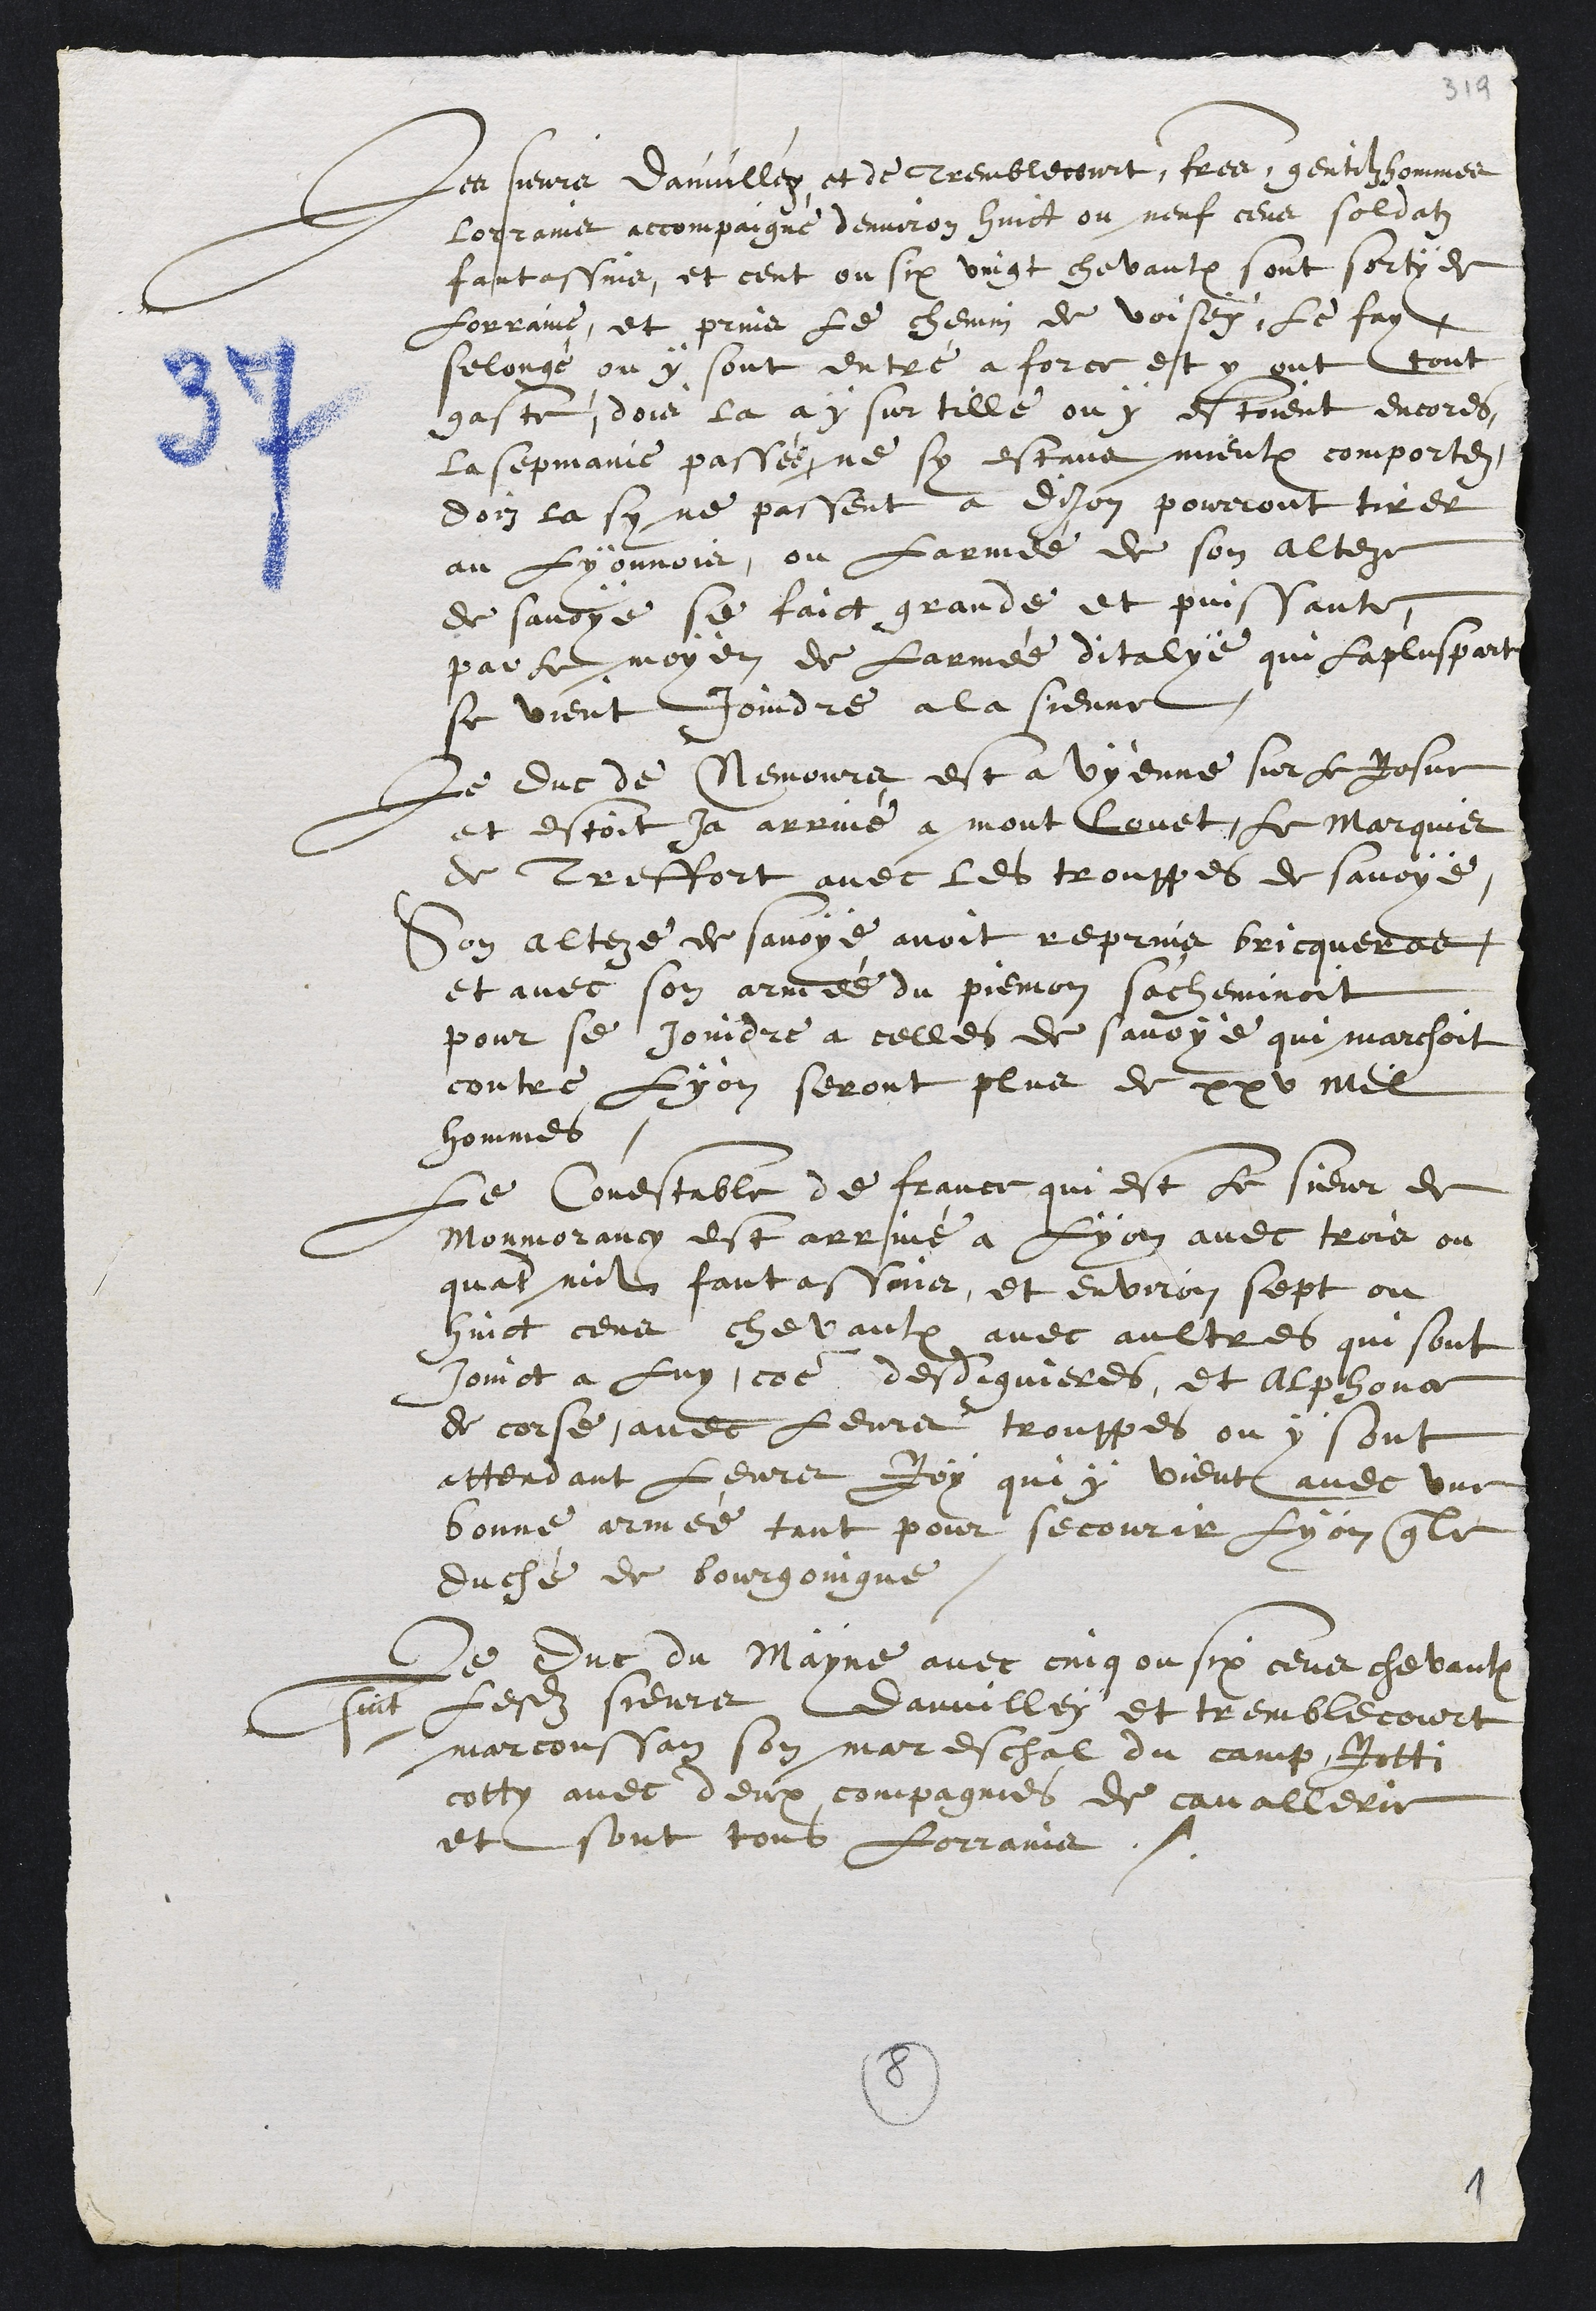
Les sieurs dauvillez et de tremblecourt, fres gentilzhommes
lorrains accompaigné denviron huict ou neuf cens soldatz
fantassins, et cent ou six vingt chevaulx sont sorty de
Lorraine, et prins le chemin de Voisey, le fay,
selonge ou y sont entré a force et y ont tout
gaste, dois la ay sur tille ou y estoient encores
la sepmaine passee ne sy estans mieulx comportez
doiz la sy ne passent a Dijon pourront tirer
au Lyonnois, ou larmée de son alteze
de savoye se faict grande et puissante
par le moyen de larmée ditalye qui la pluspart
se vient joindre a la sienne
Le duc de Nemours est a Vyenne sur le Rosne
et estoit ja arrivé à mont Lovet, le marquis
de Treffort avec les trouppes de savoye,
Son alteze de savoye avoit reprins bricqueros
et avec son armée du piemon s'acheminoit
pour se joindre a celles de savoye qui marchoit
contre Lyon seront plus de xxv mil
hommes
Le Conestable de france qui est le sieur de
Monmorancy est arrivé à Lyon avec trois ou
quatre mil fantassins, et environ sept ou
huict cens chevaulx avec aultres qui sont
Joinct a luy, comme desdiguieres, et Alphons
de corse, avec leurs trouppes ou y sont
attendant leurs Roy que y vient avec une
bonne armée tant pour secourir Lyon que le
duché de bourgoingne,
Le duc du Mayne avec cinq ou six cens chevaulx
suit lesdits sieurs dauvillez et tremblecourt
marcoussan son mareschal du camp Rotti
cotty avec deux compagnies de cavallerie
et sont tous Lorrains.

8
1